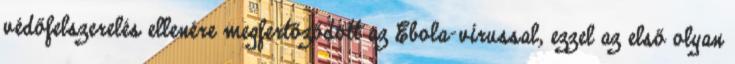
védőfelszerelés ellenére megfertőződött az Ebola-vírussal, ezzel az első olyan